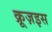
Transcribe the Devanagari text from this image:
क्रूज़इस